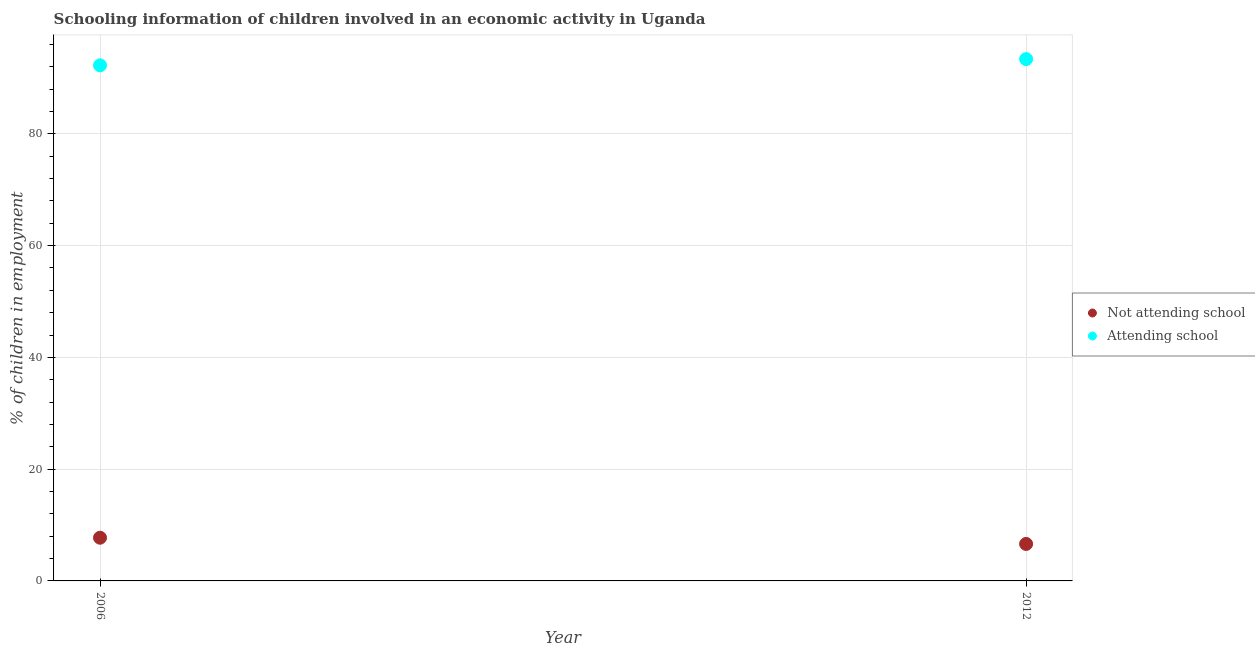
| Year | Not attending school | Attending school |
 | --- | --- | --- |
 | 2006 | 7.73 | 92.3 |
 | 2012 | 6.62 | 93.4 |